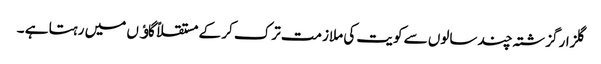
گلزار گزشتہ چند سالوں سے کویت کی ملازمت ترک کر کے مستقلاً گاﺅں میں رہتا ہے ۔